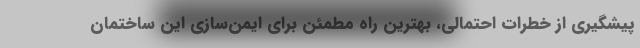
پیشگیری از خطرات احتمالی، بهترین راه مطمئن برای ایمن‌سازی این ساختمان